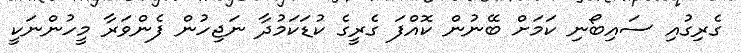
ގެރިގުއި ސައިބޯނި ކަމަށް ބޭނުން ކޮއްފަ ގެރީގެ ކުޑަކަމުދާ ނަޖިހުން ފެންވަރާ މީހުންނަކީ